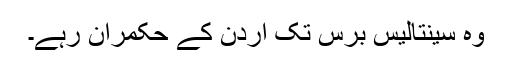
وہ سینتالیس برس تک اردن کے حکمران رہے۔